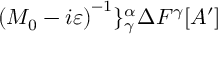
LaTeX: \left( M _ { 0 } - i \varepsilon \right) ^ { - 1 } \} _ { \gamma } ^ { \alpha } \Delta F ^ { \gamma } [ A ^ { \prime } ]